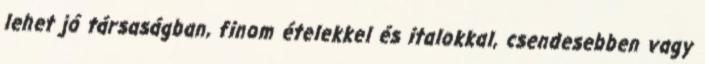
lehet jó társaságban, finom ételekkel és italokkal, csendesebben vagy